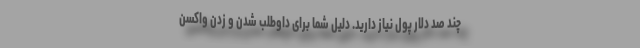
چند صد دلار پول نیاز دارید. دلیل شما برای داوطلب شدن و زدن واکسن